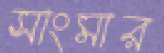
সাংমার